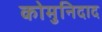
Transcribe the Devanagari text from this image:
कोमुनिदाद